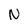
Character: N